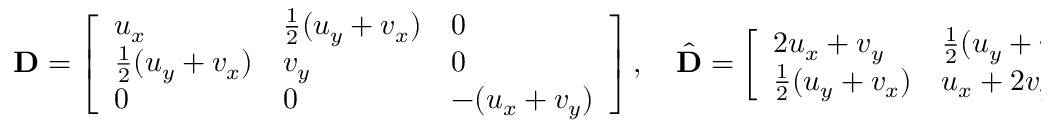
\mathbf { D } = \left[ \begin{array} { l l l } { u _ { x } } & { \frac 1 2 ( u _ { y } + v _ { x } ) } & { 0 } \\ { \frac 1 2 ( u _ { y } + v _ { x } ) } & { v _ { y } } & { 0 } \\ { 0 } & { 0 } & { - ( u _ { x } + v _ { y } ) } \end{array} \right] , \quad \hat { \mathbf { D } } = \left[ \begin{array} { l l l } { 2 u _ { x } + v _ { y } } & { \frac 1 2 ( u _ { y } + v _ { x } ) } & { 0 } \\ { \frac 1 2 ( u _ { y } + v _ { x } ) } & { u _ { x } + 2 v _ { y } } & { 0 } \end{array} \right] ,